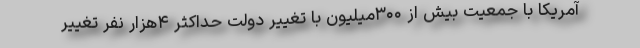
آمریکا با جمعیت بیش از ۳۰۰میلیون با تغییر دولت حداکثر ۴هزار نفر تغییر